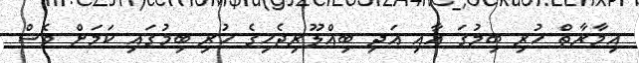
އިމާރާތް ހުރި ބިމުގަ އާއި އަދި ބިއްލޫރިޖެހިގެ ހުރި ބިމުގައި ކަމަށް ވެސް